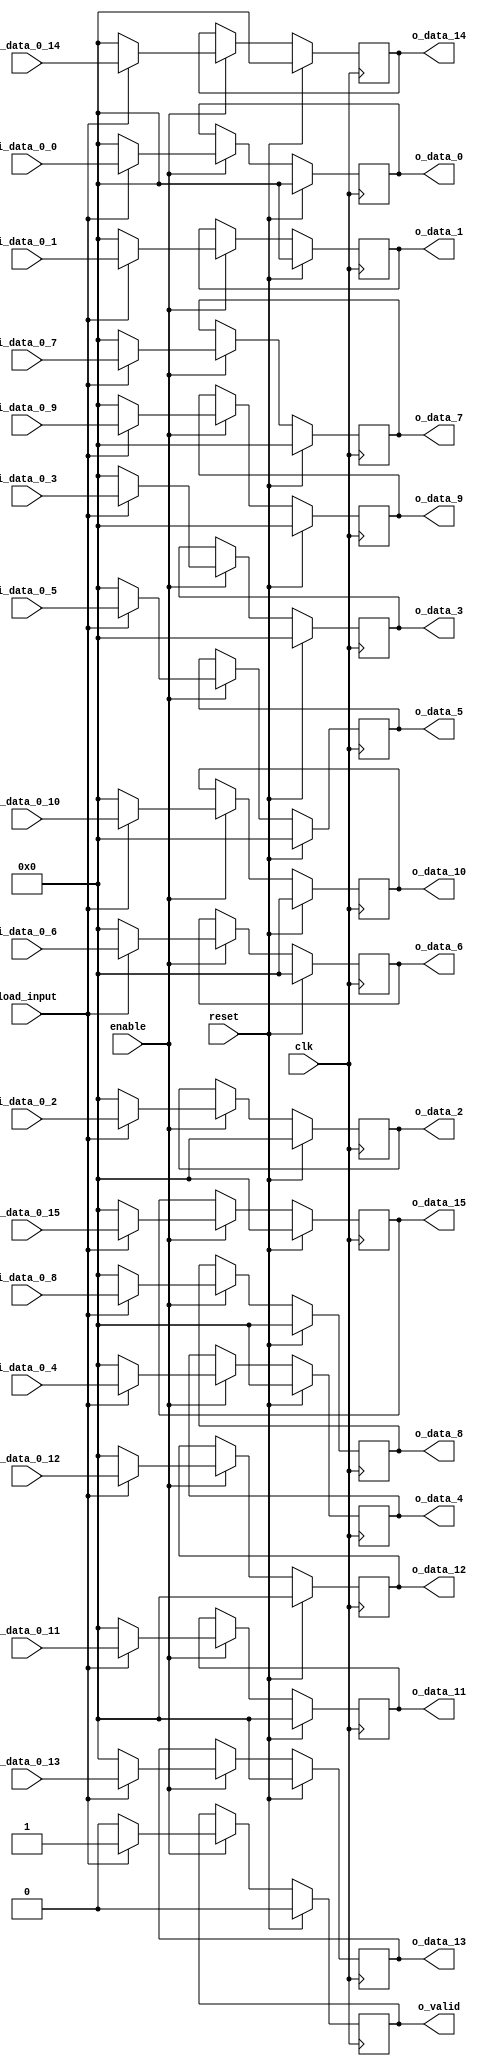
`define SIMULATION_MEMORY

module pipelined_input_18_1_16 (
	input clk,
	input reset,
	input enable,
	input load_input,
	input [17:0] i_data_0_0,
	input [17:0] i_data_0_1,
	input [17:0] i_data_0_2,
	input [17:0] i_data_0_3,
	input [17:0] i_data_0_4,
	input [17:0] i_data_0_5,
	input [17:0] i_data_0_6,
	input [17:0] i_data_0_7,
	input [17:0] i_data_0_8,
	input [17:0] i_data_0_9,
	input [17:0] i_data_0_10,
	input [17:0] i_data_0_11,
	input [17:0] i_data_0_12,
	input [17:0] i_data_0_13,
	input [17:0] i_data_0_14,
	input [17:0] i_data_0_15,
	output [17:0] o_data_0,
	output [17:0] o_data_1,
	output [17:0] o_data_2,
	output [17:0] o_data_3,
	output [17:0] o_data_4,
	output [17:0] o_data_5,
	output [17:0] o_data_6,
	output [17:0] o_data_7,
	output [17:0] o_data_8,
	output [17:0] o_data_9,
	output [17:0] o_data_10,
	output [17:0] o_data_11,
	output [17:0] o_data_12,
	output [17:0] o_data_13,
	output [17:0] o_data_14,
	output [17:0] o_data_15,
	output o_valid
);

reg [17:0] pipeline_0_0;
reg [17:0] pipeline_0_1;
reg [17:0] pipeline_0_2;
reg [17:0] pipeline_0_3;
reg [17:0] pipeline_0_4;
reg [17:0] pipeline_0_5;
reg [17:0] pipeline_0_6;
reg [17:0] pipeline_0_7;
reg [17:0] pipeline_0_8;
reg [17:0] pipeline_0_9;
reg [17:0] pipeline_0_10;
reg [17:0] pipeline_0_11;
reg [17:0] pipeline_0_12;
reg [17:0] pipeline_0_13;
reg [17:0] pipeline_0_14;
reg [17:0] pipeline_0_15;
reg pipeline_valid_0;

always @ (posedge clk) begin
	if (reset) begin
		pipeline_0_0 <= 0;
		pipeline_0_1 <= 0;
		pipeline_0_2 <= 0;
		pipeline_0_3 <= 0;
		pipeline_0_4 <= 0;
		pipeline_0_5 <= 0;
		pipeline_0_6 <= 0;
		pipeline_0_7 <= 0;
		pipeline_0_8 <= 0;
		pipeline_0_9 <= 0;
		pipeline_0_10 <= 0;
		pipeline_0_11 <= 0;
		pipeline_0_12 <= 0;
		pipeline_0_13 <= 0;
		pipeline_0_14 <= 0;
		pipeline_0_15 <= 0;
		pipeline_valid_0 <= 0;
	end else if (enable) begin
		if (load_input) begin
			pipeline_0_0 <= i_data_0_0;
			pipeline_0_1 <= i_data_0_1;
			pipeline_0_2 <= i_data_0_2;
			pipeline_0_3 <= i_data_0_3;
			pipeline_0_4 <= i_data_0_4;
			pipeline_0_5 <= i_data_0_5;
			pipeline_0_6 <= i_data_0_6;
			pipeline_0_7 <= i_data_0_7;
			pipeline_0_8 <= i_data_0_8;
			pipeline_0_9 <= i_data_0_9;
			pipeline_0_10 <= i_data_0_10;
			pipeline_0_11 <= i_data_0_11;
			pipeline_0_12 <= i_data_0_12;
			pipeline_0_13 <= i_data_0_13;
			pipeline_0_14 <= i_data_0_14;
			pipeline_0_15 <= i_data_0_15;
			pipeline_valid_0 <= 1'b1;
		end else begin
			pipeline_0_0 <= 0;
			pipeline_0_1 <= 0;
			pipeline_0_2 <= 0;
			pipeline_0_3 <= 0;
			pipeline_0_4 <= 0;
			pipeline_0_5 <= 0;
			pipeline_0_6 <= 0;
			pipeline_0_7 <= 0;
			pipeline_0_8 <= 0;
			pipeline_0_9 <= 0;
			pipeline_0_10 <= 0;
			pipeline_0_11 <= 0;
			pipeline_0_12 <= 0;
			pipeline_0_13 <= 0;
			pipeline_0_14 <= 0;
			pipeline_0_15 <= 0;
			pipeline_valid_0 <= 1'b0;
		end
	end
end

assign o_data_0 = pipeline_0_0;
assign o_data_1 = pipeline_0_1;
assign o_data_2 = pipeline_0_2;
assign o_data_3 = pipeline_0_3;
assign o_data_4 = pipeline_0_4;
assign o_data_5 = pipeline_0_5;
assign o_data_6 = pipeline_0_6;
assign o_data_7 = pipeline_0_7;
assign o_data_8 = pipeline_0_8;
assign o_data_9 = pipeline_0_9;
assign o_data_10 = pipeline_0_10;
assign o_data_11 = pipeline_0_11;
assign o_data_12 = pipeline_0_12;
assign o_data_13 = pipeline_0_13;
assign o_data_14 = pipeline_0_14;
assign o_data_15 = pipeline_0_15;
assign o_valid = pipeline_valid_0;

endmodule